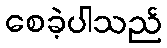
စေခဲ့ပါသည်